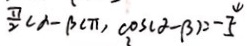
\frac { \pi } { 2 } c \alpha - \beta c \pi , \cos ( \alpha - \beta ) = - \frac { 4 } { 5 }